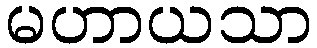
မဟာယသာ